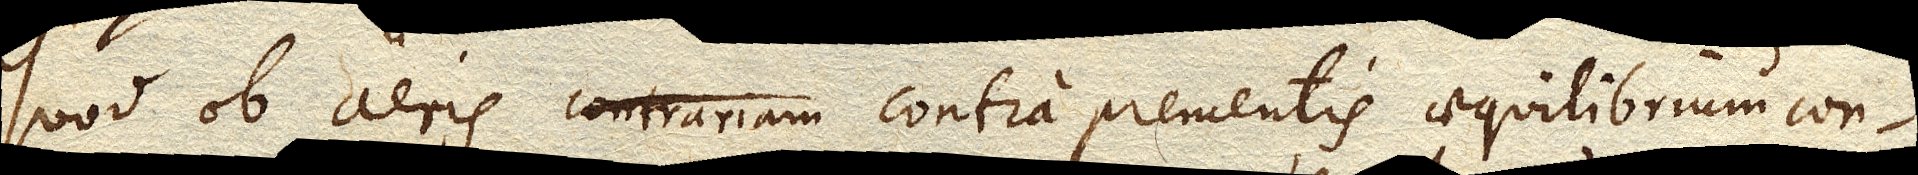
Quod ob aeris contrariam contraprementis aequilibrium con–